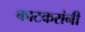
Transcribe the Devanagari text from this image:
काटकरांनी